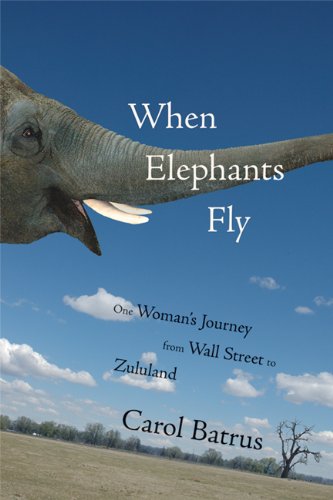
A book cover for When Elephants Fly: One Woman's Journey from Wall Street to Zululand; Carol Batrus; Travel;